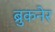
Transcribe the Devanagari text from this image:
ब्रुकनेर